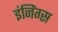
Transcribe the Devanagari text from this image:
इंनिंग्स